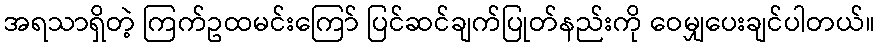
အရသာရှိတဲ့ ကြက်ဥထမင်းကြော် ပြင်ဆင်ချက်ပြုတ်နည်းကို ဝေမျှပေးချင်ပါတယ်။